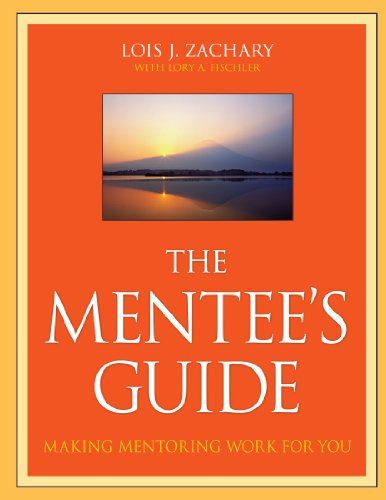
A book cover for The Mentee's Guide: Making Mentoring Work for You; Lois J. Zachary; Education & Teaching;